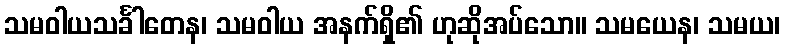
သမဝါယသင်္ခါတေန၊ သမဝါယ အနက်ရှိ၏ ဟုဆိုအပ်သော။ သမယေန၊ သမယ၊